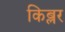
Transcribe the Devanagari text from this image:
किब्लर